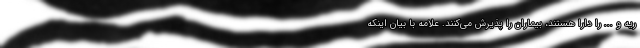
ریه و ... را دارا هستند، بیماران را پذیرش می‌کنند. علامه با بیان اینکه